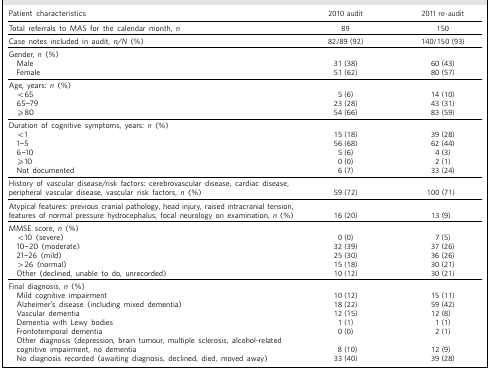
<table><thead><tr><td><b>Patient characteristics</b></td><td><b>2010 audit</b></td><td><b>2011 re-audit</b></td></tr></thead><tbody><tr><td>Total referrals to MAS for the calendar month, <i>n</i></td><td>89</td><td>150</td></tr><tr><td>Case notes included in audit, <i>n/N</i> (%)</td><td>82/89 (92)</td><td>140/150 (93)</td></tr><tr><td>Gender, <i>n</i> (%)</td><td>[EMPTY_CELL]</td><td>[EMPTY_CELL]</td></tr><tr><td>Male</td><td>31 (38)</td><td>60 (43)</td></tr><tr><td>Female</td><td>51 (62)</td><td>80 (57)</td></tr><tr><td>Age, years: <i>n</i> (%)</td><td>[EMPTY_CELL]</td><td>[EMPTY_CELL]</td></tr><tr><td>&lt;65</td><td>5 (6)</td><td>14 (10)</td></tr><tr><td>65-79</td><td>23 (28)</td><td>43 (31)</td></tr><tr><td>≥80</td><td>54 (66)</td><td>83 (59)</td></tr><tr><td>Duration of cognitive symptoms, years: <i>n</i> (%)</td><td>[EMPTY_CELL]</td><td>[EMPTY_CELL]</td></tr><tr><td>&lt;1</td><td>15 (18)</td><td>39 (28)</td></tr><tr><td>1-5</td><td>56 (68)</td><td>62 (44)</td></tr><tr><td>6-10</td><td>5 (6)</td><td>4 (3)</td></tr><tr><td>≥10</td><td>0 (0)</td><td>2 (1)</td></tr><tr><td>Not documented</td><td>6 (7)</td><td>33 (24)</td></tr><tr><td>History of vascular disease/risk factors: cerebrovascular disease, cardiac disease, peripheral vascular disease, vascular risk factors, <i>n</i> (%)</td><td>59 (72)</td><td>100 (71)</td></tr><tr><td>Atypical features: previous cranial pathology, head injury, raised intracranial tension, features of normal pressure hydrocephalus, focal neurology on examination, <i>n</i> (%)</td><td>16 (20)</td><td>13 (9)</td></tr><tr><td>MMSE score, <i>n</i> (%)</td><td>[EMPTY_CELL]</td><td>[EMPTY_CELL]</td></tr><tr><td>&lt;10 (severe)</td><td>0 (0)</td><td>7 (5)</td></tr><tr><td>10-20 (moderate)</td><td>32 (39)</td><td>37 (26)</td></tr><tr><td>21-26 (mild)</td><td>25 (30)</td><td>36 (26)</td></tr><tr><td>&gt;26 (normal)</td><td>15 (18)</td><td>30 (21)</td></tr><tr><td>Other (declined, unable to do, unrecorded)</td><td>10 (12)</td><td>30 (21)</td></tr><tr><td>Final diagnosis, <i>n</i> (%)</td><td>[EMPTY_CELL]</td><td>[EMPTY_CELL]</td></tr><tr><td>Mild cognitive impairment</td><td>10 (12)</td><td>15 (11)</td></tr><tr><td>Alzheimer's disease (including mixed dementia)</td><td>18 (22)</td><td>59 (42)</td></tr><tr><td>Vascular dementia</td><td>12 (15)</td><td>12 (8)</td></tr><tr><td>Dementia with Lewy bodies</td><td>1 (1)</td><td>1 (1)</td></tr><tr><td>Frontotemporal dementia</td><td>0 (0)</td><td>2 (1)</td></tr><tr><td>Other diagnosis (depression, brain tumour, multiple sclerosis, alcohol-related cognitive impairment, no dementia</td><td>8 (10)</td><td>12 (9)</td></tr><tr><td>No diagnosis recorded (awaiting diagnosis, declined, died, moved away)</td><td>33 (40)</td><td>39 (28)</td></tr></tbody></table>